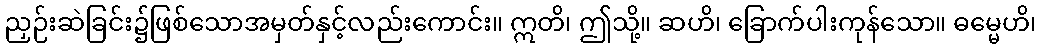
ညှဉ်းဆဲခြင်း၌ဖြစ်သောအမှတ်နှင့်လည်းကောင်း။ ဣတိ၊ ဤသို့။ ဆဟိ၊ ခြောက်ပါးကုန်သော။ ဓမ္မေဟိ၊